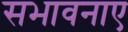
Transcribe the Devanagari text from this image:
सभावनाए